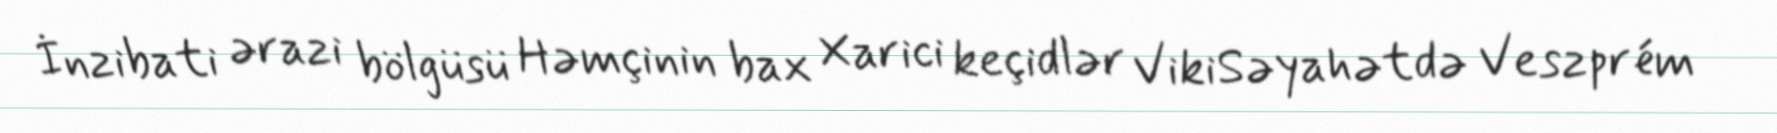
İnzibati ərazi bölgüsü Həmçinin bax Xarici keçidlər VikiSəyahətdə Veszprém